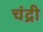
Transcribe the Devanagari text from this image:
चंद्री